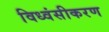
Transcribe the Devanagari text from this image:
विध्वंसीकरण